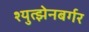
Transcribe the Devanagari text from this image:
श्युत्झेनबर्गर